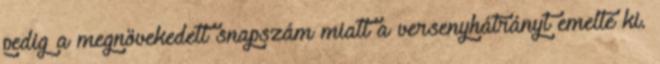
pedig a megnövekedett snapszám miatt a versenyhátrányt emelte ki.